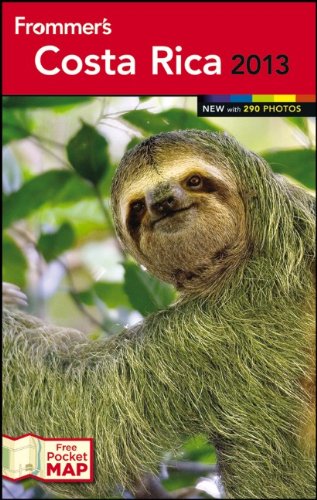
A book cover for Frommer's Costa Rica 2013 (Frommer's Color Complete); Eliot Greenspan; Travel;